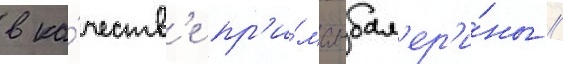
в ка́честв'е пр'и́ма-бал'ер'и́ны //